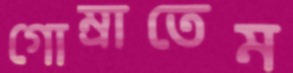
গোম্‌রাতেম